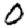
Digit: 0